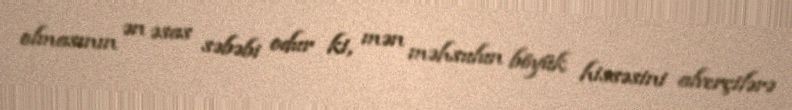
olmasının ən əsas səbəbi odur ki, mən məhsulun böyük hissəsini alverçilərə